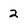
Character: 2